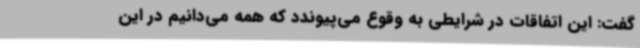
گفت: این اتفاقات در شرایطی به وقوع می‌پیوندد که همه می‌دانیم در این